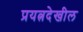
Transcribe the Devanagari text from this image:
प्रयत्नदेखील